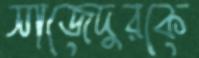
সাজেদুরকে